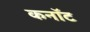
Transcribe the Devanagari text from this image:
कनाॅट